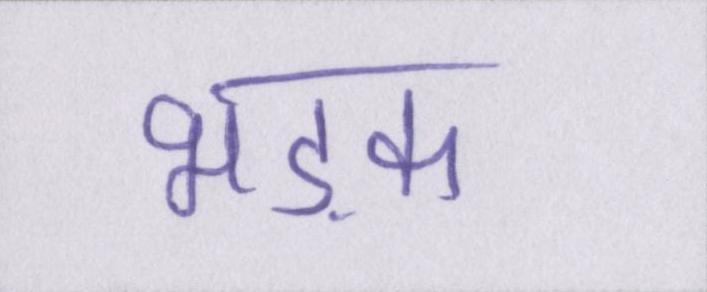
भड़क